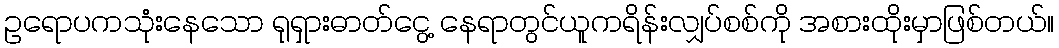
ဥရောပကသုံးနေသော ရုရှားဓာတ်ငွေ့ နေရာတွင်ယူကရိန်းလျှပ်စစ်ကို အစားထိုးမှာဖြစ်တယ်။